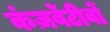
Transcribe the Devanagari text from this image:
कंज़र्वेटीवों